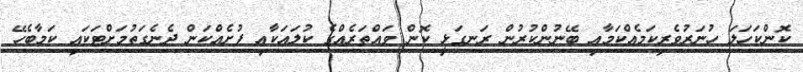
ކޮންކަހަލަ ހުނަރުވެރިކަމެއްކަމާއި ބޭނުންކުރުން ރަނގަޅީ ކޮން ވައްތަރެއްގެ ކުލައަކާއި ފުށެއްކަން ދެނެގަތުމަށްޓަކައި ކަމާބެހޭ